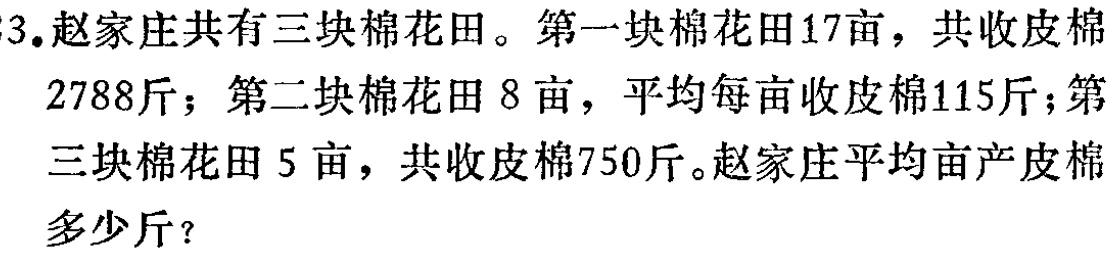
3.赵家庄共有三块棉花田。第一块棉花田17亩，共收皮棉2788斤；第二块棉花田8亩，平均每亩收皮棉115斤；第三块棉花田5亩，共收皮棉750斤。赵家庄平均亩产皮棉多少斤？